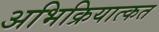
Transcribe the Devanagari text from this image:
अभिक्रियात्कत